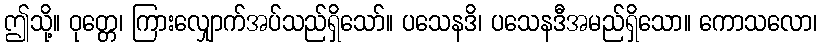
ဤသို့။ ဝုတ္တေ၊ ကြားလျှောက်အပ်သည်ရှိသော်။ ပသေနဒိ၊ ပသေနဒီအမည်ရှိသော။ ကောသလော၊